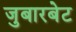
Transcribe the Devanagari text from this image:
जुबारबेट